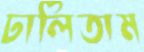
ঢালিতাম